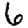
Digit: 6